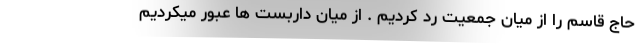
حاج قاسم را از میان جمعیت رد کردیم . از میان داربست ها عبور میکردیم